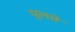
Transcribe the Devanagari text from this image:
धुलते